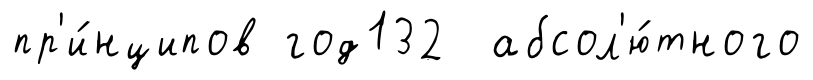
пр'и́нципов год132 абсол'ю́тного